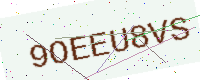
Text: 9OEEU8VS